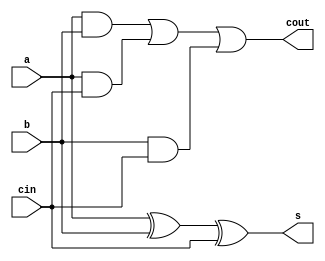
`timescale 1ns / 1ps
//////////////////////////////////////////////////////////////////////////////////
// Company: 
// Engineer: 
// 
// Design Name: 
// Module Name:    hw1_BFA_gate 
// Project Name: 
// Target Devices: 
// Tool versions: 
// Description: 
//
// Dependencies: 
//
// Revision: 
// Revision 0.01 - File Created
// Additional Comments: 
//
//////////////////////////////////////////////////////////////////////////////////
module hw1_BFA_gate(a, b, cin, s, cout);

  input a, b, cin;
  output s, cout;
  wire wx0, wa0, wa1, wa2;

  //Calculate sum
  xor (wx0, a, b);
  xor (s, wx0, cin);
  
  //Caluclate carry
  and (wa0, a, b);
  and (wa1, a, cin);
  and (wa2, b, cin);

  or (cout, wa0, wa1, wa2);

endmodule